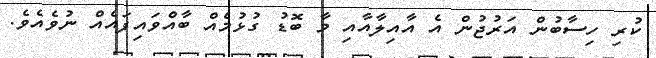
ކުރި ހިސާބުން އަރުޖުން އެ އާއިލާއާއި މާ ބޮޑު ގުޅުމެއް ބާއްވައިފައެއް ނުވެއެވެ.